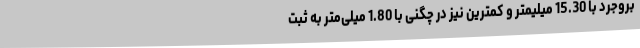
بروجرد با 15.30 میلیمتر و کمترین نیز در چگنی با 1.80 میلی‌متر به ثبت